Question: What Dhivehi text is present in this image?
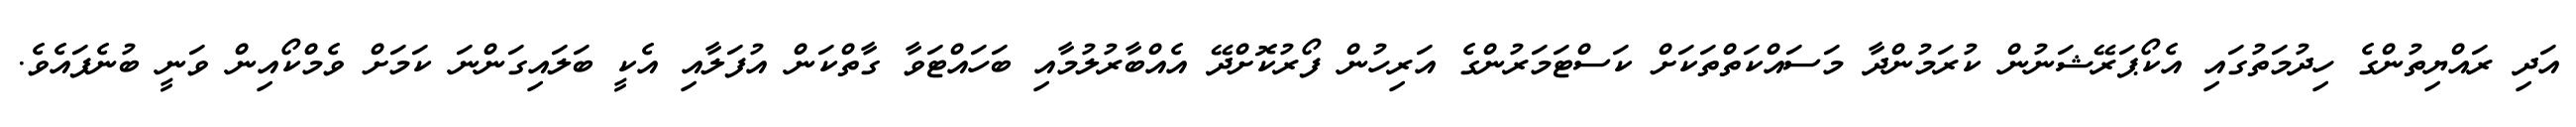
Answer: އަދި ރައްޔިތުންގެ ހިދުމަތުގައި އެކޯޕަރޭޝަނުން ކުރަމުންދާ މަސައްކަތްތަކަށް ކަސްޓަމަރުންގެ އަރިހުން ފޯރުކޮށްދޭ އެއްބާރުލުމާއި ބަހައްޓަވާ ގާތްކަން އުފަލާއި އެކީ ބަލައިގަންނަ ކަމަށް ވެމްކޯއިން ވަނީ ބުނެފައެވެ.